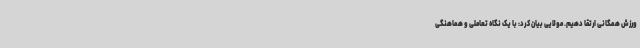
ورزش همگانی ارتقا دهیم. مولایی بیان کرد: با یک نگاه تعاملی و هماهنگی